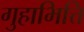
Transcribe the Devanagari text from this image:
गुहाभित्ति